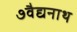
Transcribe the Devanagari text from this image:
७वैद्यनाथ